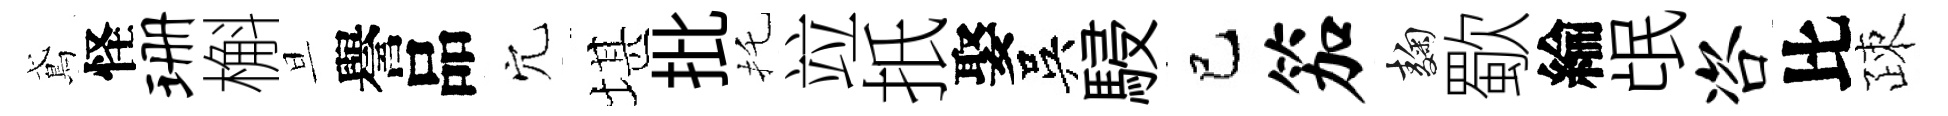
鳶怪珊槲旦譽品穴堪批托竝扺娶吳駸巳笳麹歜綸氓咨比疎